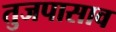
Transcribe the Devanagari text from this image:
तुजपासाव